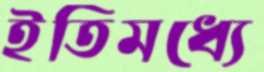
ইতিমধ্যে